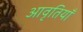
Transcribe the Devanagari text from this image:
आवृतियाँ